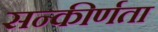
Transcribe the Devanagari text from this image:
सन्कीर्णता